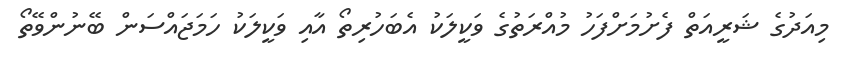
މިއަދުގެ ޝަރީއަތް ފެށުމަށްފަހު މުއްރަތުގެ ވަކީލަކު އެބަހުރިތޯ އާއި ވަކީލަކު ހަމަޖައްސަން ބޭނުންވޭތޯ